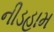
નીડહામ